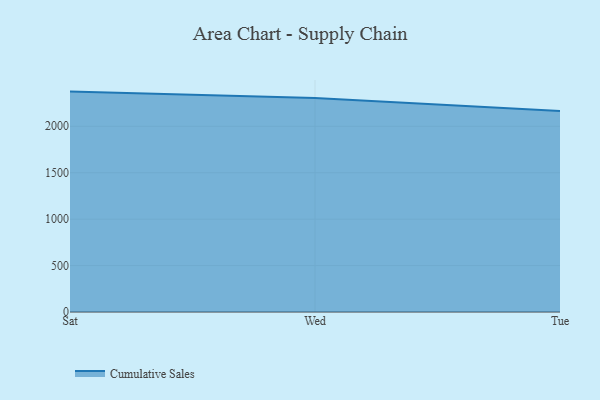
{"axis": {"x": "Day", "y": "Page Views"}, "legend": ["Cumulative Sales"], "data": [{"x": "Sat", "y": 2373.4, "type": "Cumulative Sales"}, {"x": "Wed", "y": 2304.7, "type": "Cumulative Sales"}, {"x": "Tue", "y": 2163.6, "type": "Cumulative Sales"}]}